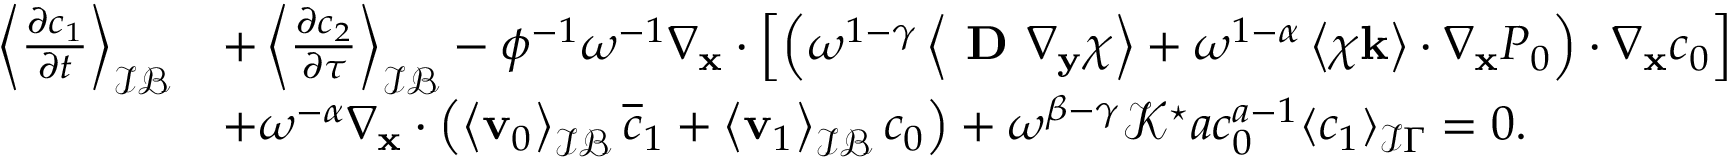
\begin{array} { r l } { \left\langle \frac { \partial c _ { 1 } } { \partial t } \right\rangle _ { \mathcal { I B } } } & { + \left\langle \frac { \partial c _ { 2 } } { \partial \tau } \right\rangle _ { \mathcal { I B } } - \phi ^ { - 1 } \omega ^ { - 1 } \nabla _ { \mathbf { x } } \cdot \left[ \left( \omega ^ { 1 - \gamma } \left\langle \textbf { D } \nabla _ { \mathbf y } \boldsymbol \chi \right\rangle + \omega ^ { 1 - \alpha } \left\langle \boldsymbol \chi \mathbf k \right\rangle \cdot \nabla _ { \mathbf x } P _ { 0 } \right) \cdot \nabla _ { \mathbf x } c _ { 0 } \right] } \\ & { + \omega ^ { - \alpha } \nabla _ { \mathbf x } \cdot \left( \left\langle \mathbf v _ { 0 } \right\rangle _ { \mathcal { I B } } \overline { { c } } _ { 1 } + \left\langle \mathbf v _ { 1 } \right\rangle _ { \mathcal { I B } } c _ { 0 } \right) + \omega ^ { \beta - \gamma } \mathcal { K ^ { \star } } a c _ { 0 } ^ { a - 1 } \langle c _ { 1 } \rangle _ { \mathcal I \Gamma } = 0 . } \end{array}